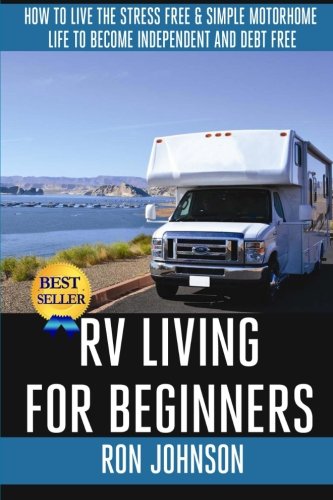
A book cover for RV Living For  Beginners: How To Live The Stress Free & Simple Motorhome Life To Become Independent And Debt Free; Ron Johnson; Sports & Outdoors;